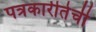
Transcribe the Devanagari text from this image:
पत्रकारीतेची